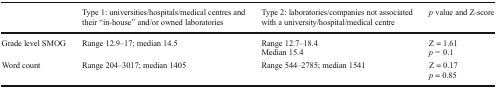
<table><thead><tr><td></td><td><b>Type 1: universities/hospitals/medical centres and their “in-house” and/or owned laboratories</b></td><td><b>Type 2: laboratories/companies not associated with a university/hospital/medical centre</b></td><td><b><i>p</i> value and Z-score</b></td></tr></thead><tbody><tr><td>Grade level SMOG</td><td>Range 12.9–17; median 14.5</td><td>Range 12.7–18.4Median 15.4</td><td>Z = 1.61<i>p =</i> 0.1</td></tr><tr><td>Word count</td><td>Range 204–3017; median 1405</td><td>Range 544–2785; median 1541</td><td>Z = 0.17<i>p</i> = 0.85</td></tr></tbody></table>